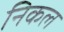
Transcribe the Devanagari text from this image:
निकल